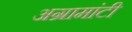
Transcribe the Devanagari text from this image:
अग्रामांटी